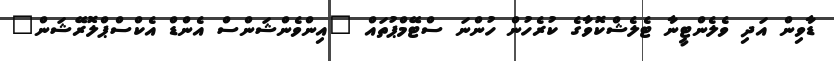
ޑާވިން އަދި ވެލެންޓީނާ ޓެލެޝްކޮވާގެ ކުރެހުން ހުންނަ ސްޓޭމްޕުތައް "އިންވެންޝަންސް އެންޑް އެކްސްޕްލޮރޭޝަން"